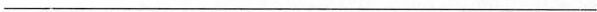
___